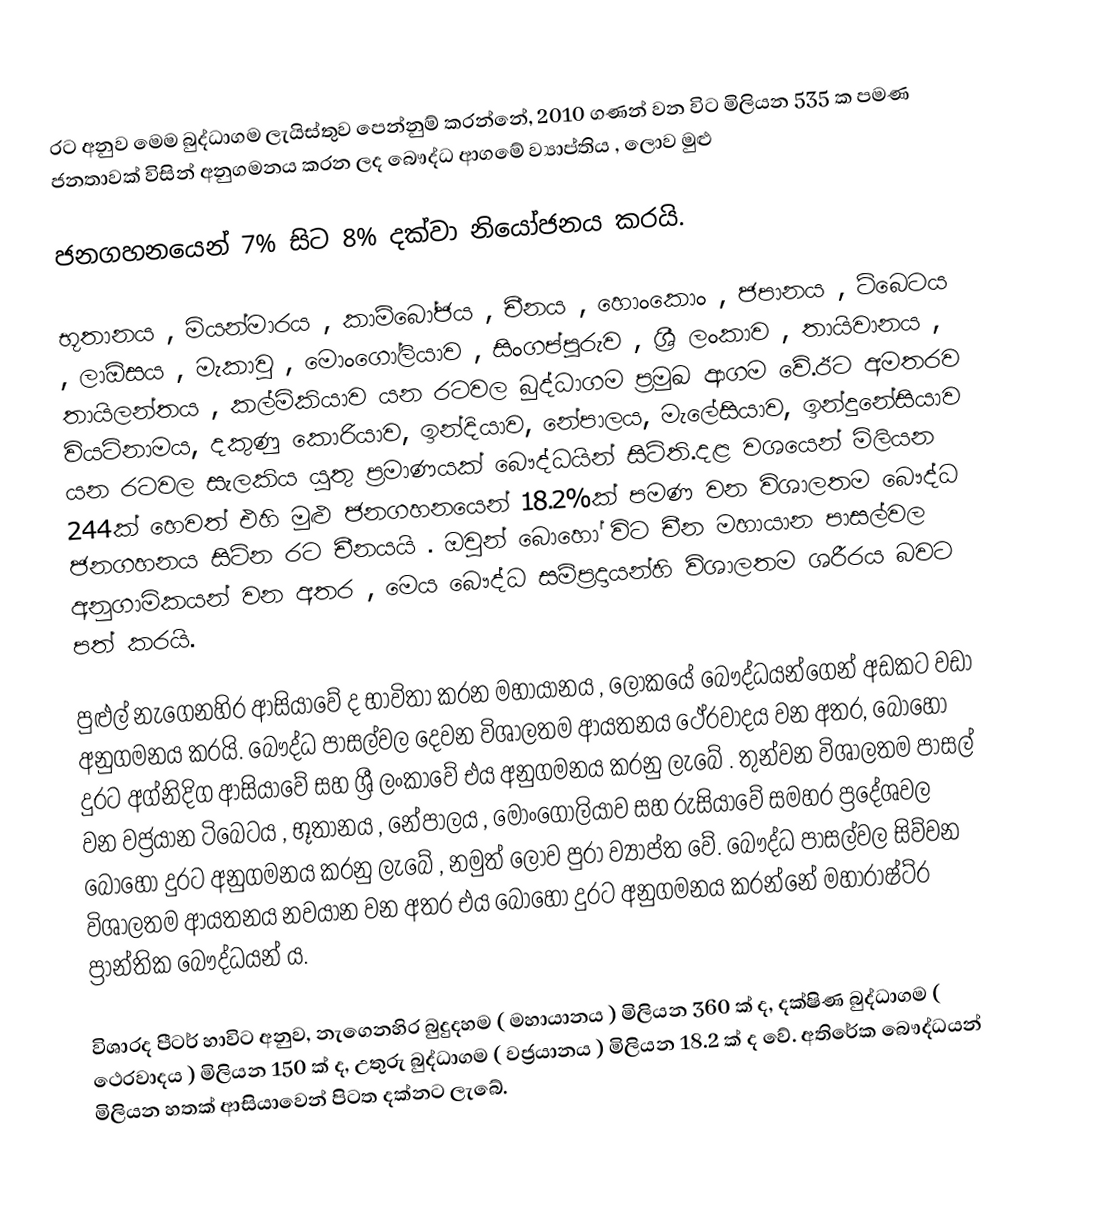
රට අනුව මෙම බුද්ධාගම ලැයිස්තුව පෙන්නුම් කරන්නේ, 2010 ගණන් වන විට මිලියන 535 ක පමණ ජනතාවක් විසින් අනුගමනය කරන ලද බෞද්ධ ආගමේ ව්‍යාප්තිය ,  ලොව මුළු

ජනගහනයෙන් 7% සිට 8% දක්වා නියෝජනය කරයි.

භූතානය , මියන්මාරය , කාම්බෝජය , චීනය , හොංකොං ,  ජපානය ,  ටිබෙටය , ලාඕසය , මැකාවු ,  මොංගෝලියාව , සිංගප්පූරුව ,  ශ්‍රී ලංකාව , තායිවානය , තායිලන්තය , කල්මිකියාව යන රටවල බුද්ධාගම ප්‍රමුඛ ආගම වේ.ඊට අමතරව වියට්නාමය, දකුණු කොරියාව, ඉන්දියාව, නේපාලය, මැලේසියාව, ඉන්දුනේසියාව යන රටවල සැලකිය යුතු ප්‍රමාණයක් බෞද්ධයින් සිටිති.දළ වශයෙන් මිලියන 244ක් හෙවත් එහි මුළු ජනගහනයෙන් 18.2%ක් පමණ වන විශාලතම බෞද්ධ ජනගහනය සිටින රට චීනයයි .  ඔවුන් බොහෝ විට චීන මහායාන පාසල්වල අනුගාමිකයන් වන අතර , මෙය බෞද්ධ සම්ප්‍රදායන්හි විශාලතම ශරීරය බවට පත් කරයි.

පුළුල් නැගෙනහිර ආසියාවේ ද භාවිතා කරන මහායානය , ලෝකයේ බෞද්ධයන්ගෙන් අඩකට වඩා අනුගමනය කරයි. බෞද්ධ පාසල්වල දෙවන විශාලතම ආයතනය ථේරවාදය වන අතර, බොහෝ දුරට අග්නිදිග ආසියාවේ සහ ශ්‍රී ලංකාවේ එය අනුගමනය කරනු ලැබේ . තුන්වන විශාලතම පාසල් වන වජ්‍රයාන ටිබෙටය , භූතානය , නේපාලය , මොංගෝලියාව සහ රුසියාවේ සමහර ප්‍රදේශවල බොහෝ දුරට අනුගමනය කරනු ලැබේ ,  නමුත් ලොව පුරා ව්‍යාප්ත වේ. බෞද්ධ පාසල්වල සිව්වන විශාලතම ආයතනය  නවයාන වන අතර එය බොහෝ දුරට අනුගමනය කරන්නේ මහාරාෂ්ට්ර ප්‍රාන්තික බෞද්ධයන් ය.

විශාරද පීටර් හාවිට අනුව, නැගෙනහිර බුදුදහම ( මහායානය ) මිලියන 360 ක් ද, දක්ෂිණ බුද්ධාගම ( ථෙරවාදය ) මිලියන 150 ක් ද, උතුරු බුද්ධාගම ( වජ්‍රයානය ) මිලියන 18.2 ක් ද වේ. අතිරේක බෞද්ධයන් මිලියන හතක් ආසියාවෙන් පිටත දක්නට ලැබේ.